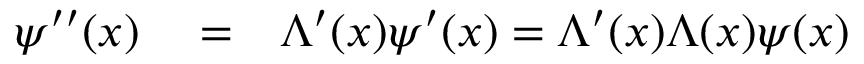
\begin{array} { r l r } { \psi ^ { \prime \prime } ( x ) } & { { } = } & { \Lambda ^ { \prime } ( x ) \psi ^ { \prime } ( x ) = \Lambda ^ { \prime } ( x ) \Lambda ( x ) \psi ( x ) } \end{array}